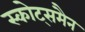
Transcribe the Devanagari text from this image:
स्कोट्समैन